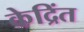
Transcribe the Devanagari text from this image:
केद्रिंत